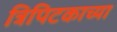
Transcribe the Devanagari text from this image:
त्रिपिटकाच्या